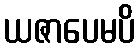
ယဇာပေမပိ